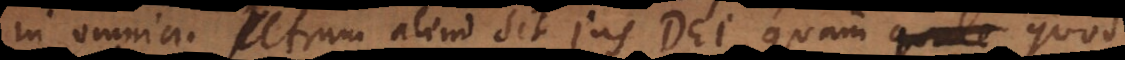
in omnia. Utrum aliud sit jus Dei, quam quod